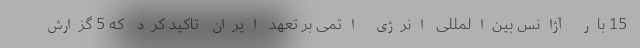
15 بار آژانس بین‌المللی انرژی اتمی بر تعهد ایران تاکید کرد که 5 گزارش